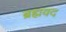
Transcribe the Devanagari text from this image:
ब्रह्मवद